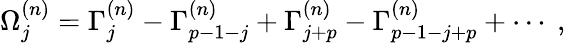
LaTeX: \Omega_{j}^{(n)}=\Gamma_{j}^{(n)}-\Gamma_{p-1-j}^{(n)}+\Gamma_{j+p}^{(n)}-\Gamma_{p-1-j+p}^{(n)}+\cdots~,